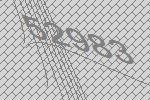
52983